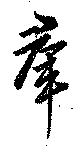
羣